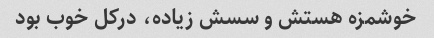
خوشمزه هستش و سسش زیاده، درکل خوب بود